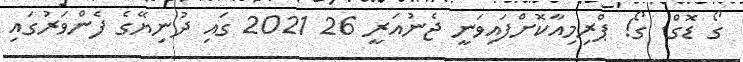
ގޯ ޑޮގް. ގޯ! ޕްރިމިއާކޮށްފައިވަނީ ޖެނުއަރީ 26 2021 ގައި ދުނިޔޭގެ ފެންވަރުގައި